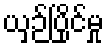
ယှဉ်ပြိုင်မှု